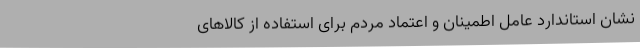
نشان استاندارد عامل اطمینان و اعتماد مردم برای استفاده از کالاهای